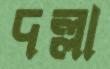
দল্লা